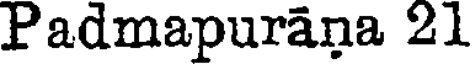
Padmapurana 21